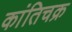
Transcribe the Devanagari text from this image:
कांतिचक्र